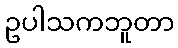
ဥပါသကဘူတာ